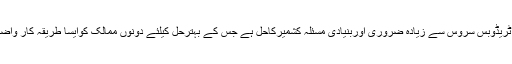
انہوں نے کہاکہ پاک بھارت تعلقات میں ٹریڈوبس سروس سے زیادہ ضروری اوربنیادی مسئلہ کشمیرکاحل ہے جس کے بہترحل کیلئے دونوں ممالک کوایسا طریقہ کار واضح کرناہوگاجس پراتفاق رائے پایا جائے ۔